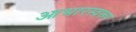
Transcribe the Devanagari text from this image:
आभारस्वरूप